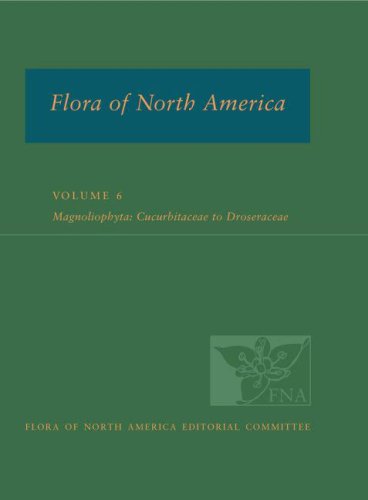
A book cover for FNA: Volume 6: Magnoliophyta: Cucurbitaceae to Droseraceae (Flora of North America); FNA Ed Committee; Science & Math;